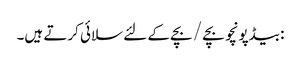
: بیڈپونچو بچے / بچے کے لئے سلائی کرتے ہیں۔